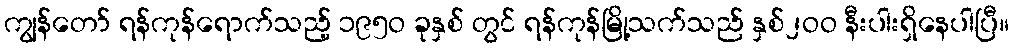
ကျွန်တော် ရန်ကုန်ရောက်သည့် ၁၉၅ဝ ခုနှစ် တွင် ရန်ကုန်မြို့သက်သည် နှစ်၂ဝဝ နီးပါးရှိနေပါပြီ။